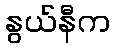
နွယ်နီက